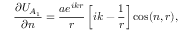
{ \frac { \partial U _ { A _ { 1 } } } { \partial n } } = { \frac { a e ^ { i k r } } { r } } \left[ i k - { \frac { 1 } { r } } \right] \cos ( n , r ) ,